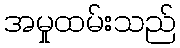
အမှုထမ်းသည်